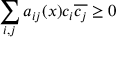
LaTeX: \sum _ { i , j } a _ { i j } ( x ) c _ { i } { \overline { { c _ { j } } } } \geq 0